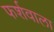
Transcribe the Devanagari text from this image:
फर्शवाला